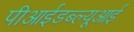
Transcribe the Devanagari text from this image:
पीआईडब्ल्यूआई